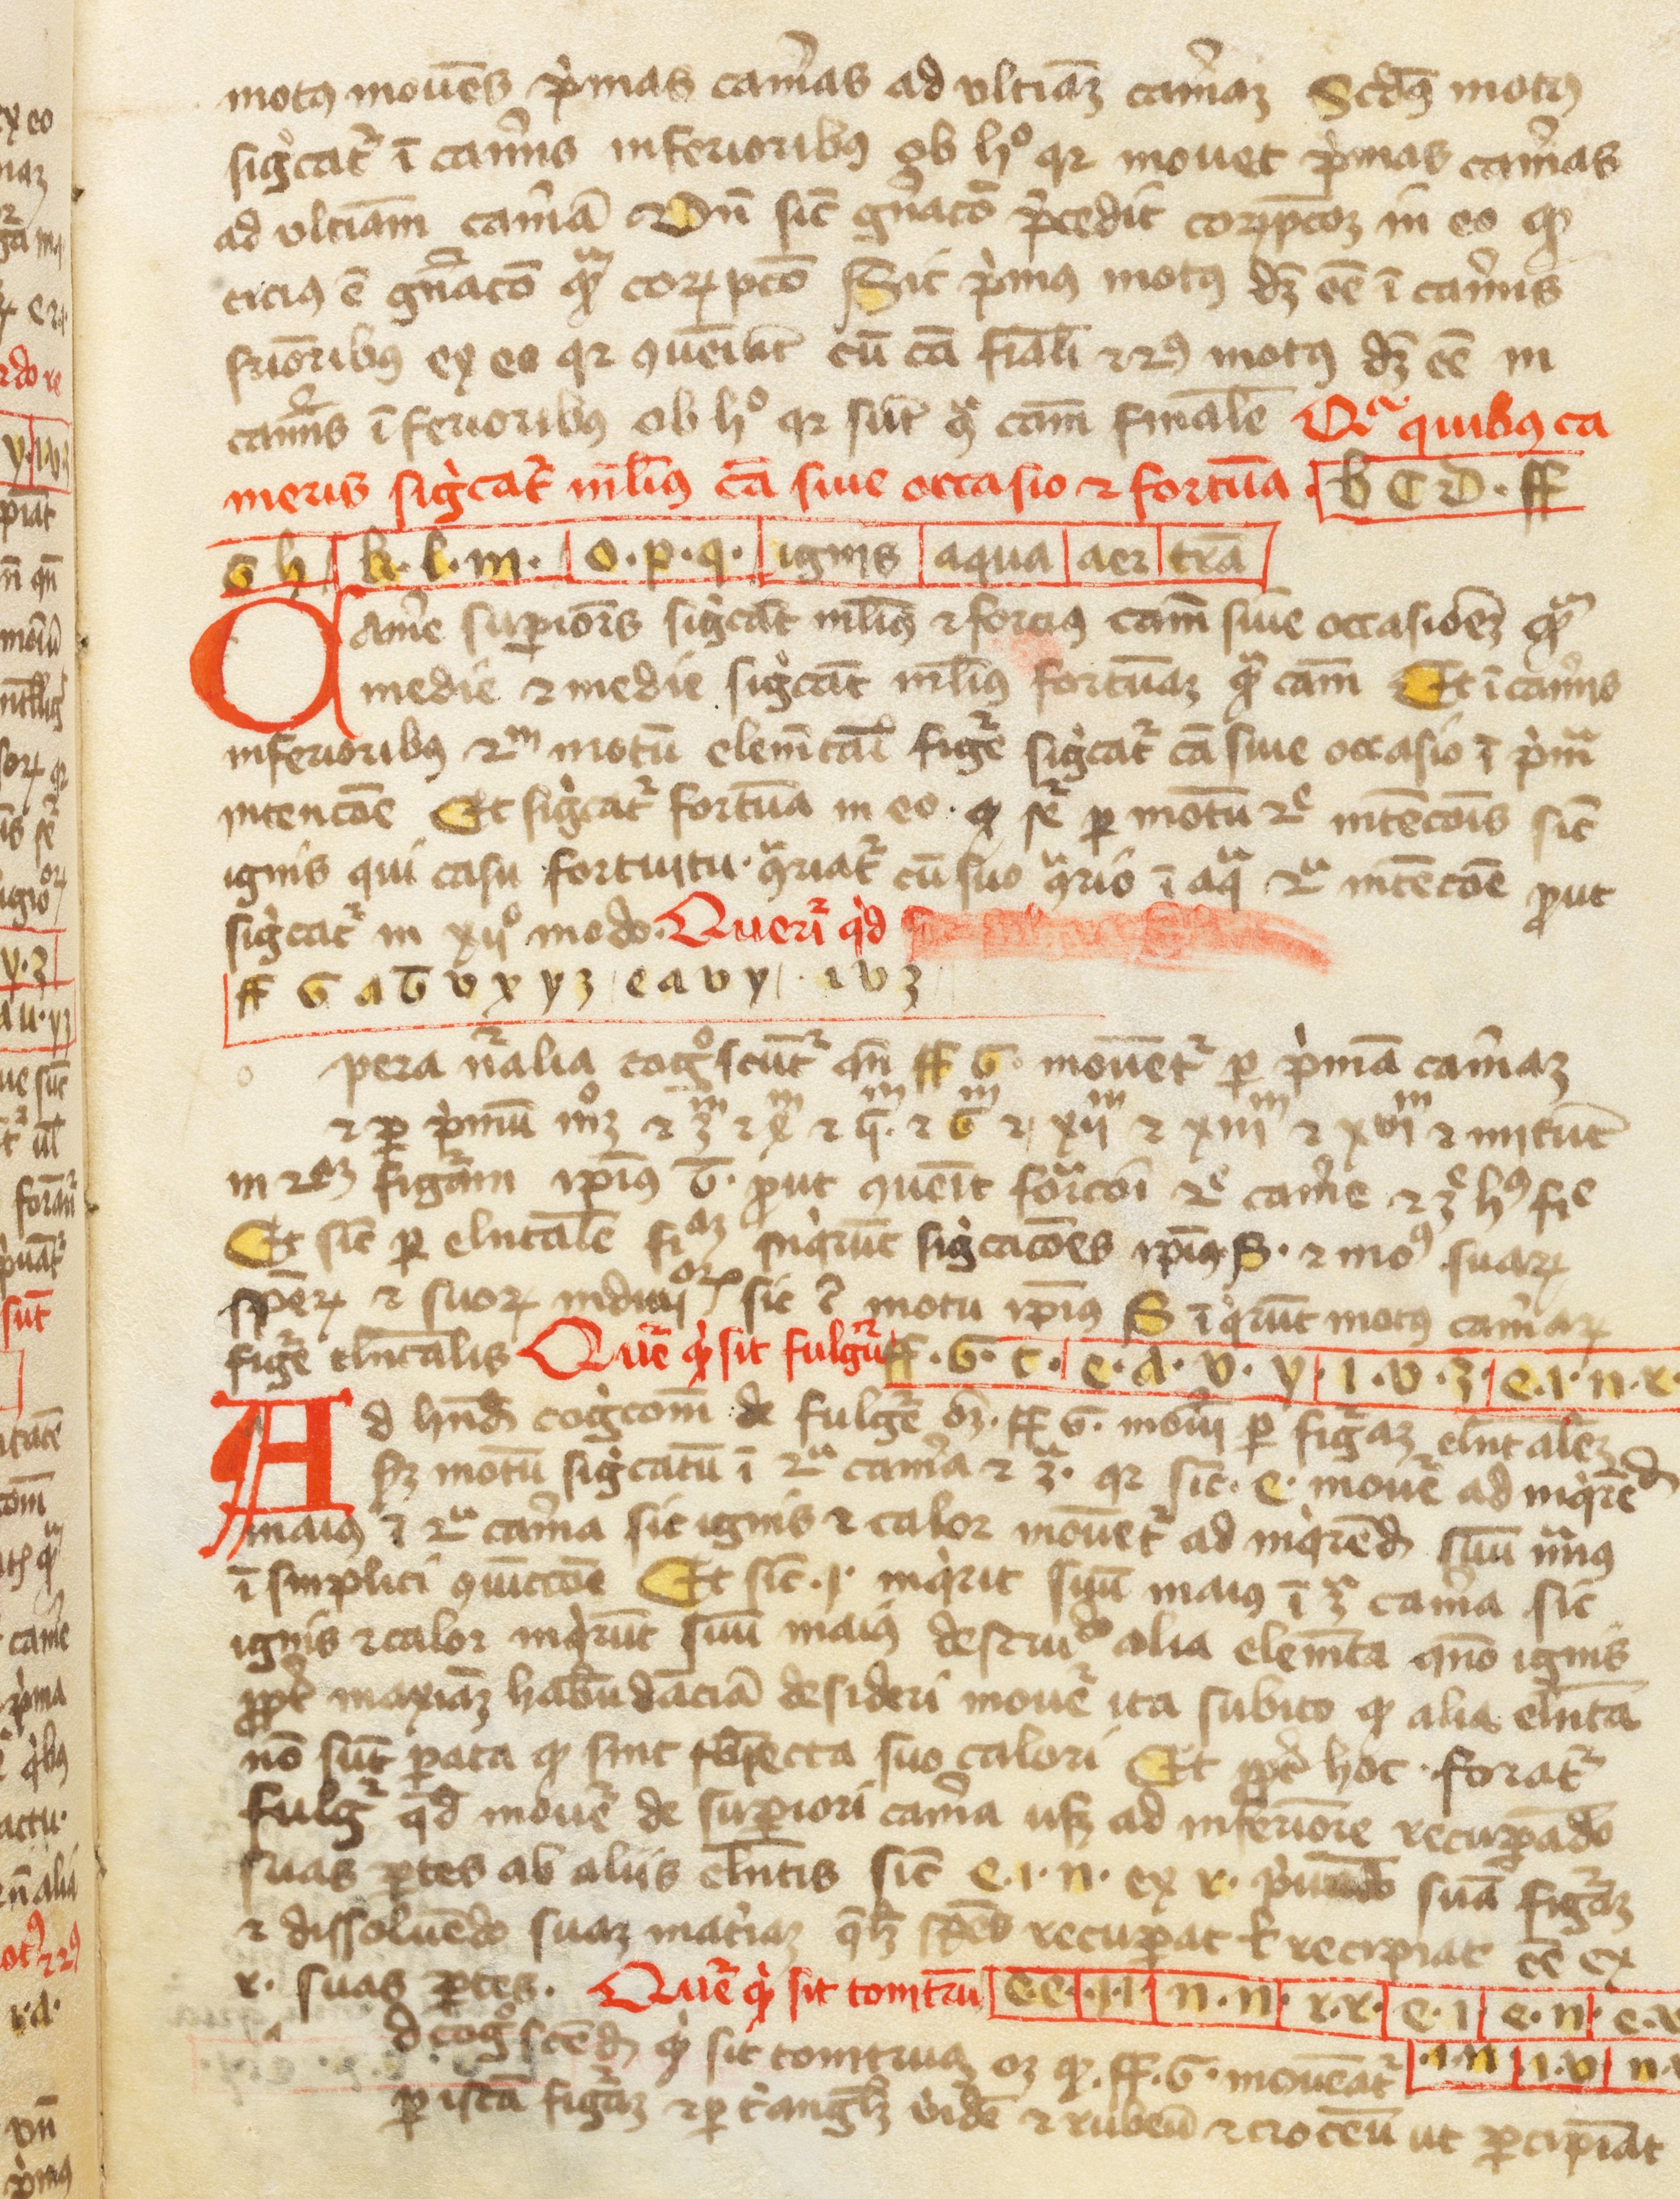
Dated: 1300–1399